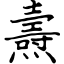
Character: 燾